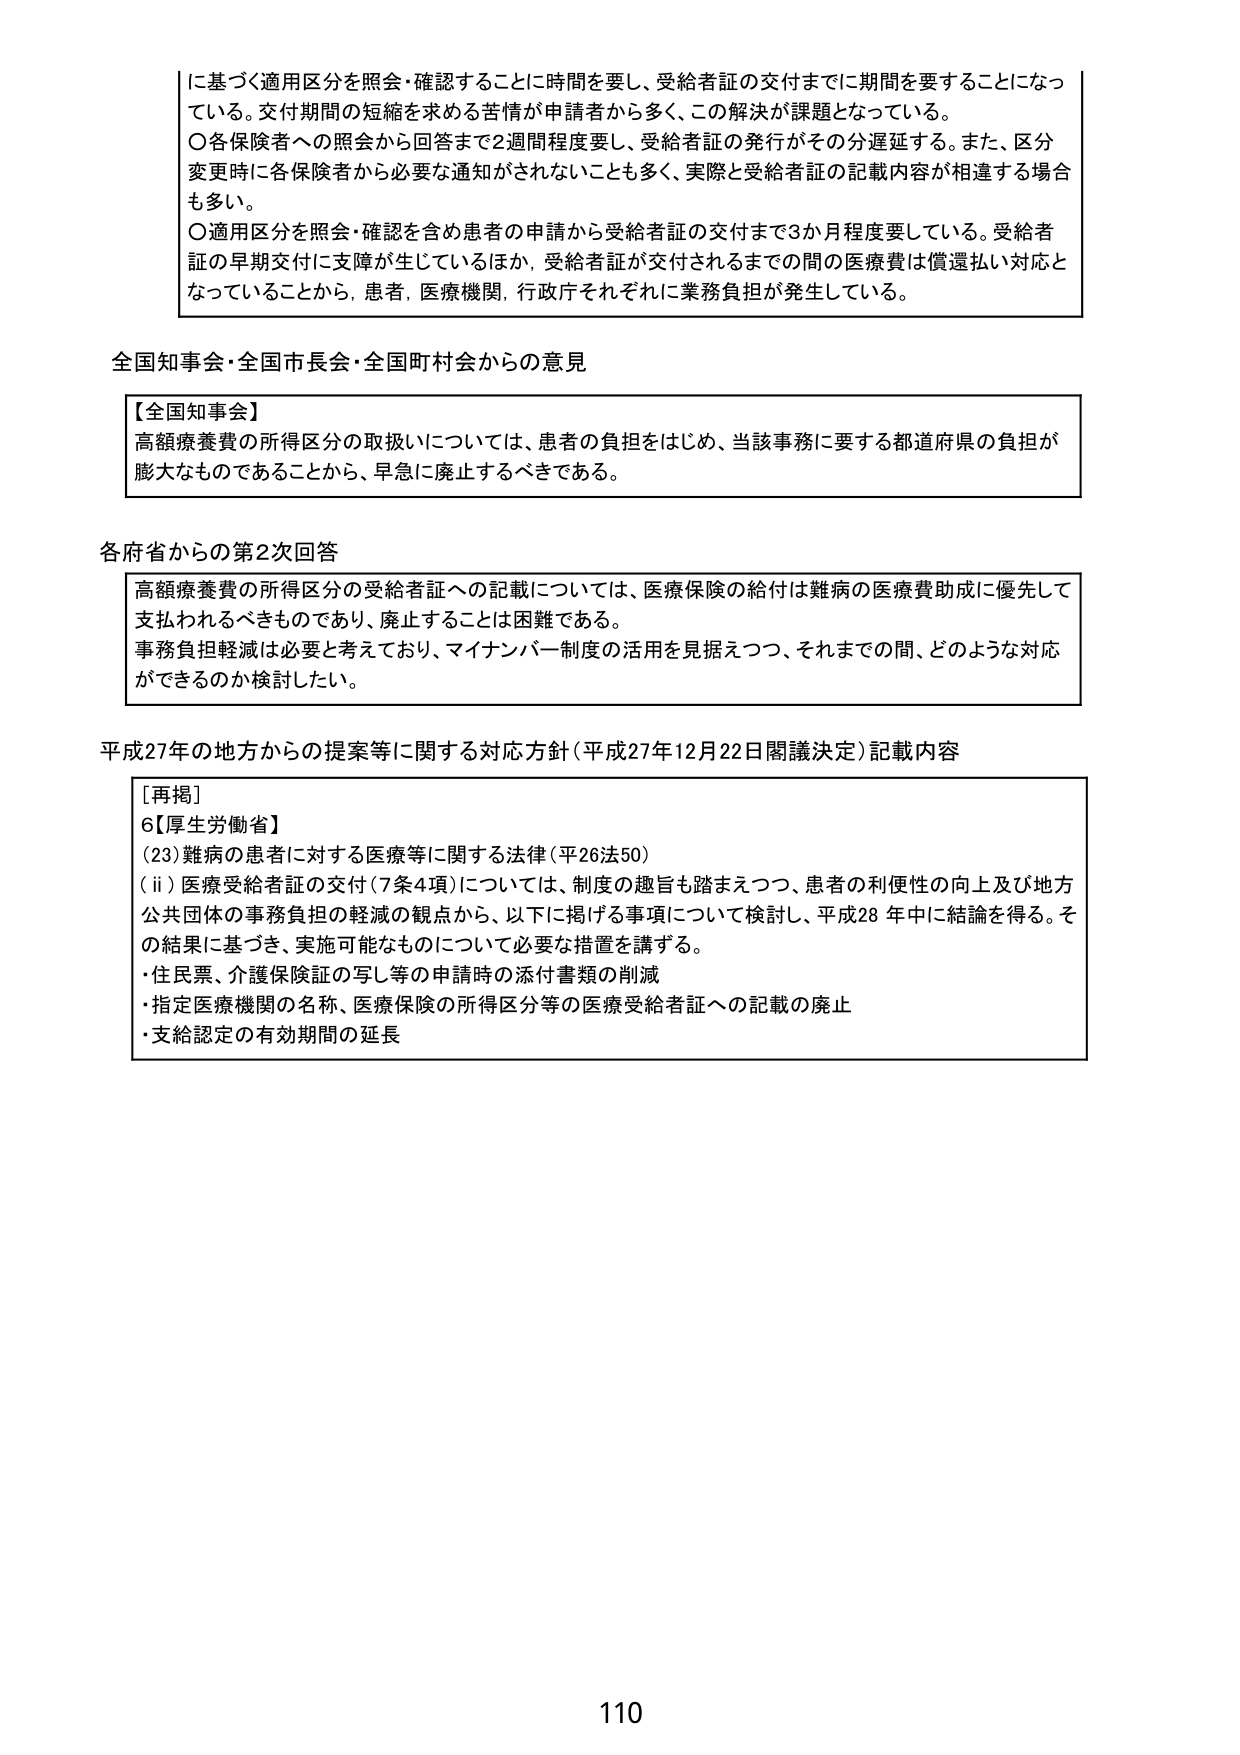
に基づく適用区分を照会・確認することに時間を要し、受給者証の交付までに期間を要することになっ
ている。交付期間の短縮を求める苦情が申請者から多く、この解決が課題となっている。
〇各保険者への照会から回答まで2週間程度要し、受給者証の発行がその分遅延する。また、区分
変更時に各保険者から必要な通知がされないことも多く、実際と受給者証の記載内容が相違する場合
も多い。
〇適用区分を照会・確認を含め患者の申請から受給者証の交付まで3か月程度要している。受給者
証の早期交付に支障が生じているほか、受給者証が交付されるまでの間の医療費は償還払い対応と
なっていることから、患者、医療機関、行政庁それぞれに業務負担が発生している。

全国知事会・全国市長会・全国町村会からの意見

【全国知事会】
高額療養費の所得区分の取扱いについては、患者の負担をはじめ、当該事務に要する都道府県の負担が
膨大なものであることから、早急に廃止するべきである。

各府省からの第2次回答

高額療養費の所得区分の受給者証への記載については、医療保険の給付は難病の医療費助成に優先して
支払われるべきものであり、廃止することは困難である。
事務負担軽減は必要と考えており、マイナンバー制度の活用を見据えつつ、それまでの間、どのような対応
ができるのか検討したい。

平成27年の地方からの提案等に関する対応方針（平成27年12月22日閣議決定）記載内容

［再掲］
6【厚生労働省】
(23)難病の患者に対する医療等に関する法律（平26法50）
(ii)医療受給者証の交付（7条4項）については、制度の趣旨も踏まえつつ、患者の利便性の向上及び地方
公共団体の事務負担の軽減の観点から、以下に掲げる事項について検討し、平成28年中に結論を得る。そ
の結果に基づき、実施可能なものについて必要な措置を講ずる。
・住民票、介護保険証の写し等の申請時の添付書類の削減
・指定医療機関の名称、医療保険の所得区分等の医療受給者証への記載の廃止
・支給認定の有効期間の延長

110